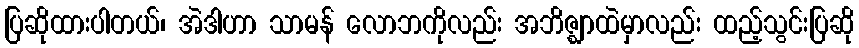
ပြဆိုထားပါတယ်၊ အဲဒါဟာ သာမန် လောဘကိုလည်း အဘိဇ္ဈာထဲမှာလည်း ထည့်သွင်းပြဆို